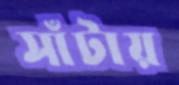
সাঁটায়